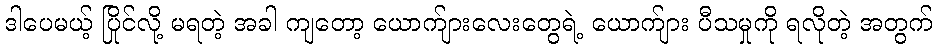
ဒါပေမယ့် ပြိုင်လို့ မရတဲ့ အခါ ကျတော့ ယောက်ျားလေးတွေရဲ့ ယောက်ျား ပီသမှုကို ရလိုတဲ့ အတွက်